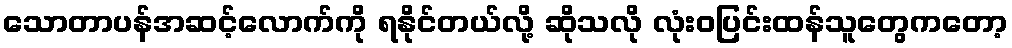
သောတာပန်အဆင့်လောက်ကို ရနိုင်တယ်လို့ ဆိုသလို လုံးဝပြင်းထန်သူတွေကတော့